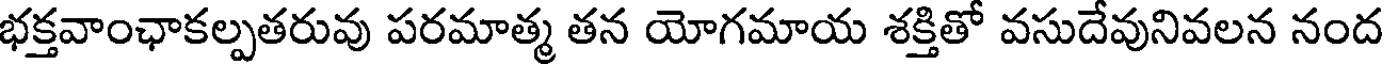
భక్తవాంఛాకల్పతరువు పరమాత్మ తన యోగమాయ శక్తితో వసుదేవునివలన నంద